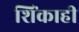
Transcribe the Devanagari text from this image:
शिंकाही